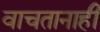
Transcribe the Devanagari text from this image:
वाचतानाही